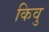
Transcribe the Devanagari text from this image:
किवु